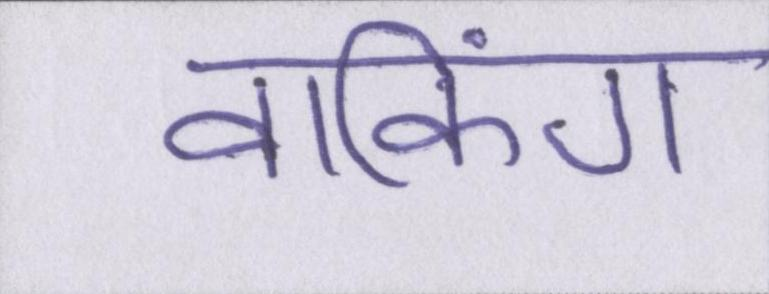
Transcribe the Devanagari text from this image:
वाकिंग